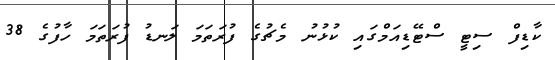
ކާޑިފް ސިޓީ ސްޓޭޑިއަމްގައި ކުޅުނު މެޗުގެ ފުރަތަމަ ލަނޑު ފުރަތަމަ ހާފުގެ 38